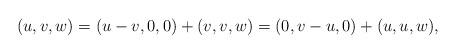
LaTeX: \begin{align*} (u,v,w) = (u-v,0,0)+(v,v,w) = (0,v-u,0)+(u,u,w),\end{align*}